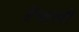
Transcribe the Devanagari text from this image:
ऐंसली